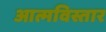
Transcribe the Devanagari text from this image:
आत्मविस्तार